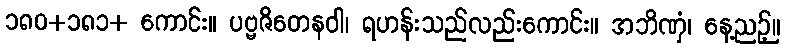
၁၈၀+၁၈၁+ ကောင်း။ ပဗ္ဗဇိတေနဝါ၊ ရဟန်းသည်လည်းကောင်း။ အဘိဏှံ၊ နေ့ညဉ့်။